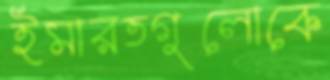
ইমারতগুলোকে